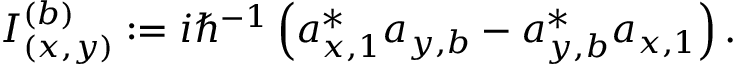
I _ { ( x , y ) } ^ { ( b ) } : = i \hbar ^ { - 1 } \left( a _ { x , 1 } ^ { \ast } a _ { y , b } - a _ { y , b } ^ { \ast } a _ { x , 1 } \right) .